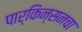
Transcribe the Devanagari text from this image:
पार्किन्सनचा